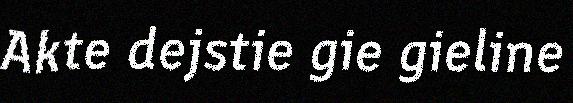
Akte dejstie gie gieline